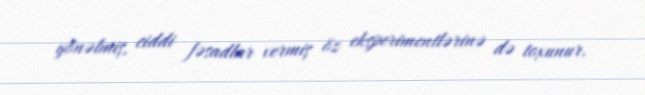
yönəlmiş, ciddi fəsadlar vermiş öz eksperimentlərinə də toxunur.